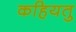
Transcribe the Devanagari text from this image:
कहियतु